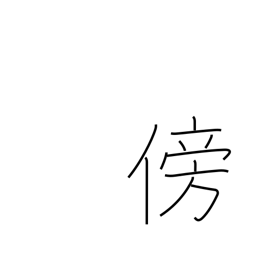
Meaning: third person